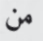
من